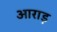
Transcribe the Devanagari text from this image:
आराड़